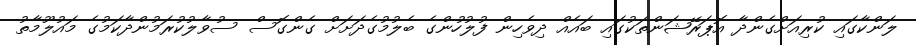
ލަންކާގައި ކުރިއަށްގެންދާ އޮޕަރޭޝަންތަކުގައި ބައެއް ދިވެހިން ފުލުހުންގެ ބެލުމުގެދަށަށް ގެންގޮސް ސުވާލުކުރަމުންދާކަމުގެ މައުލޫމާތު